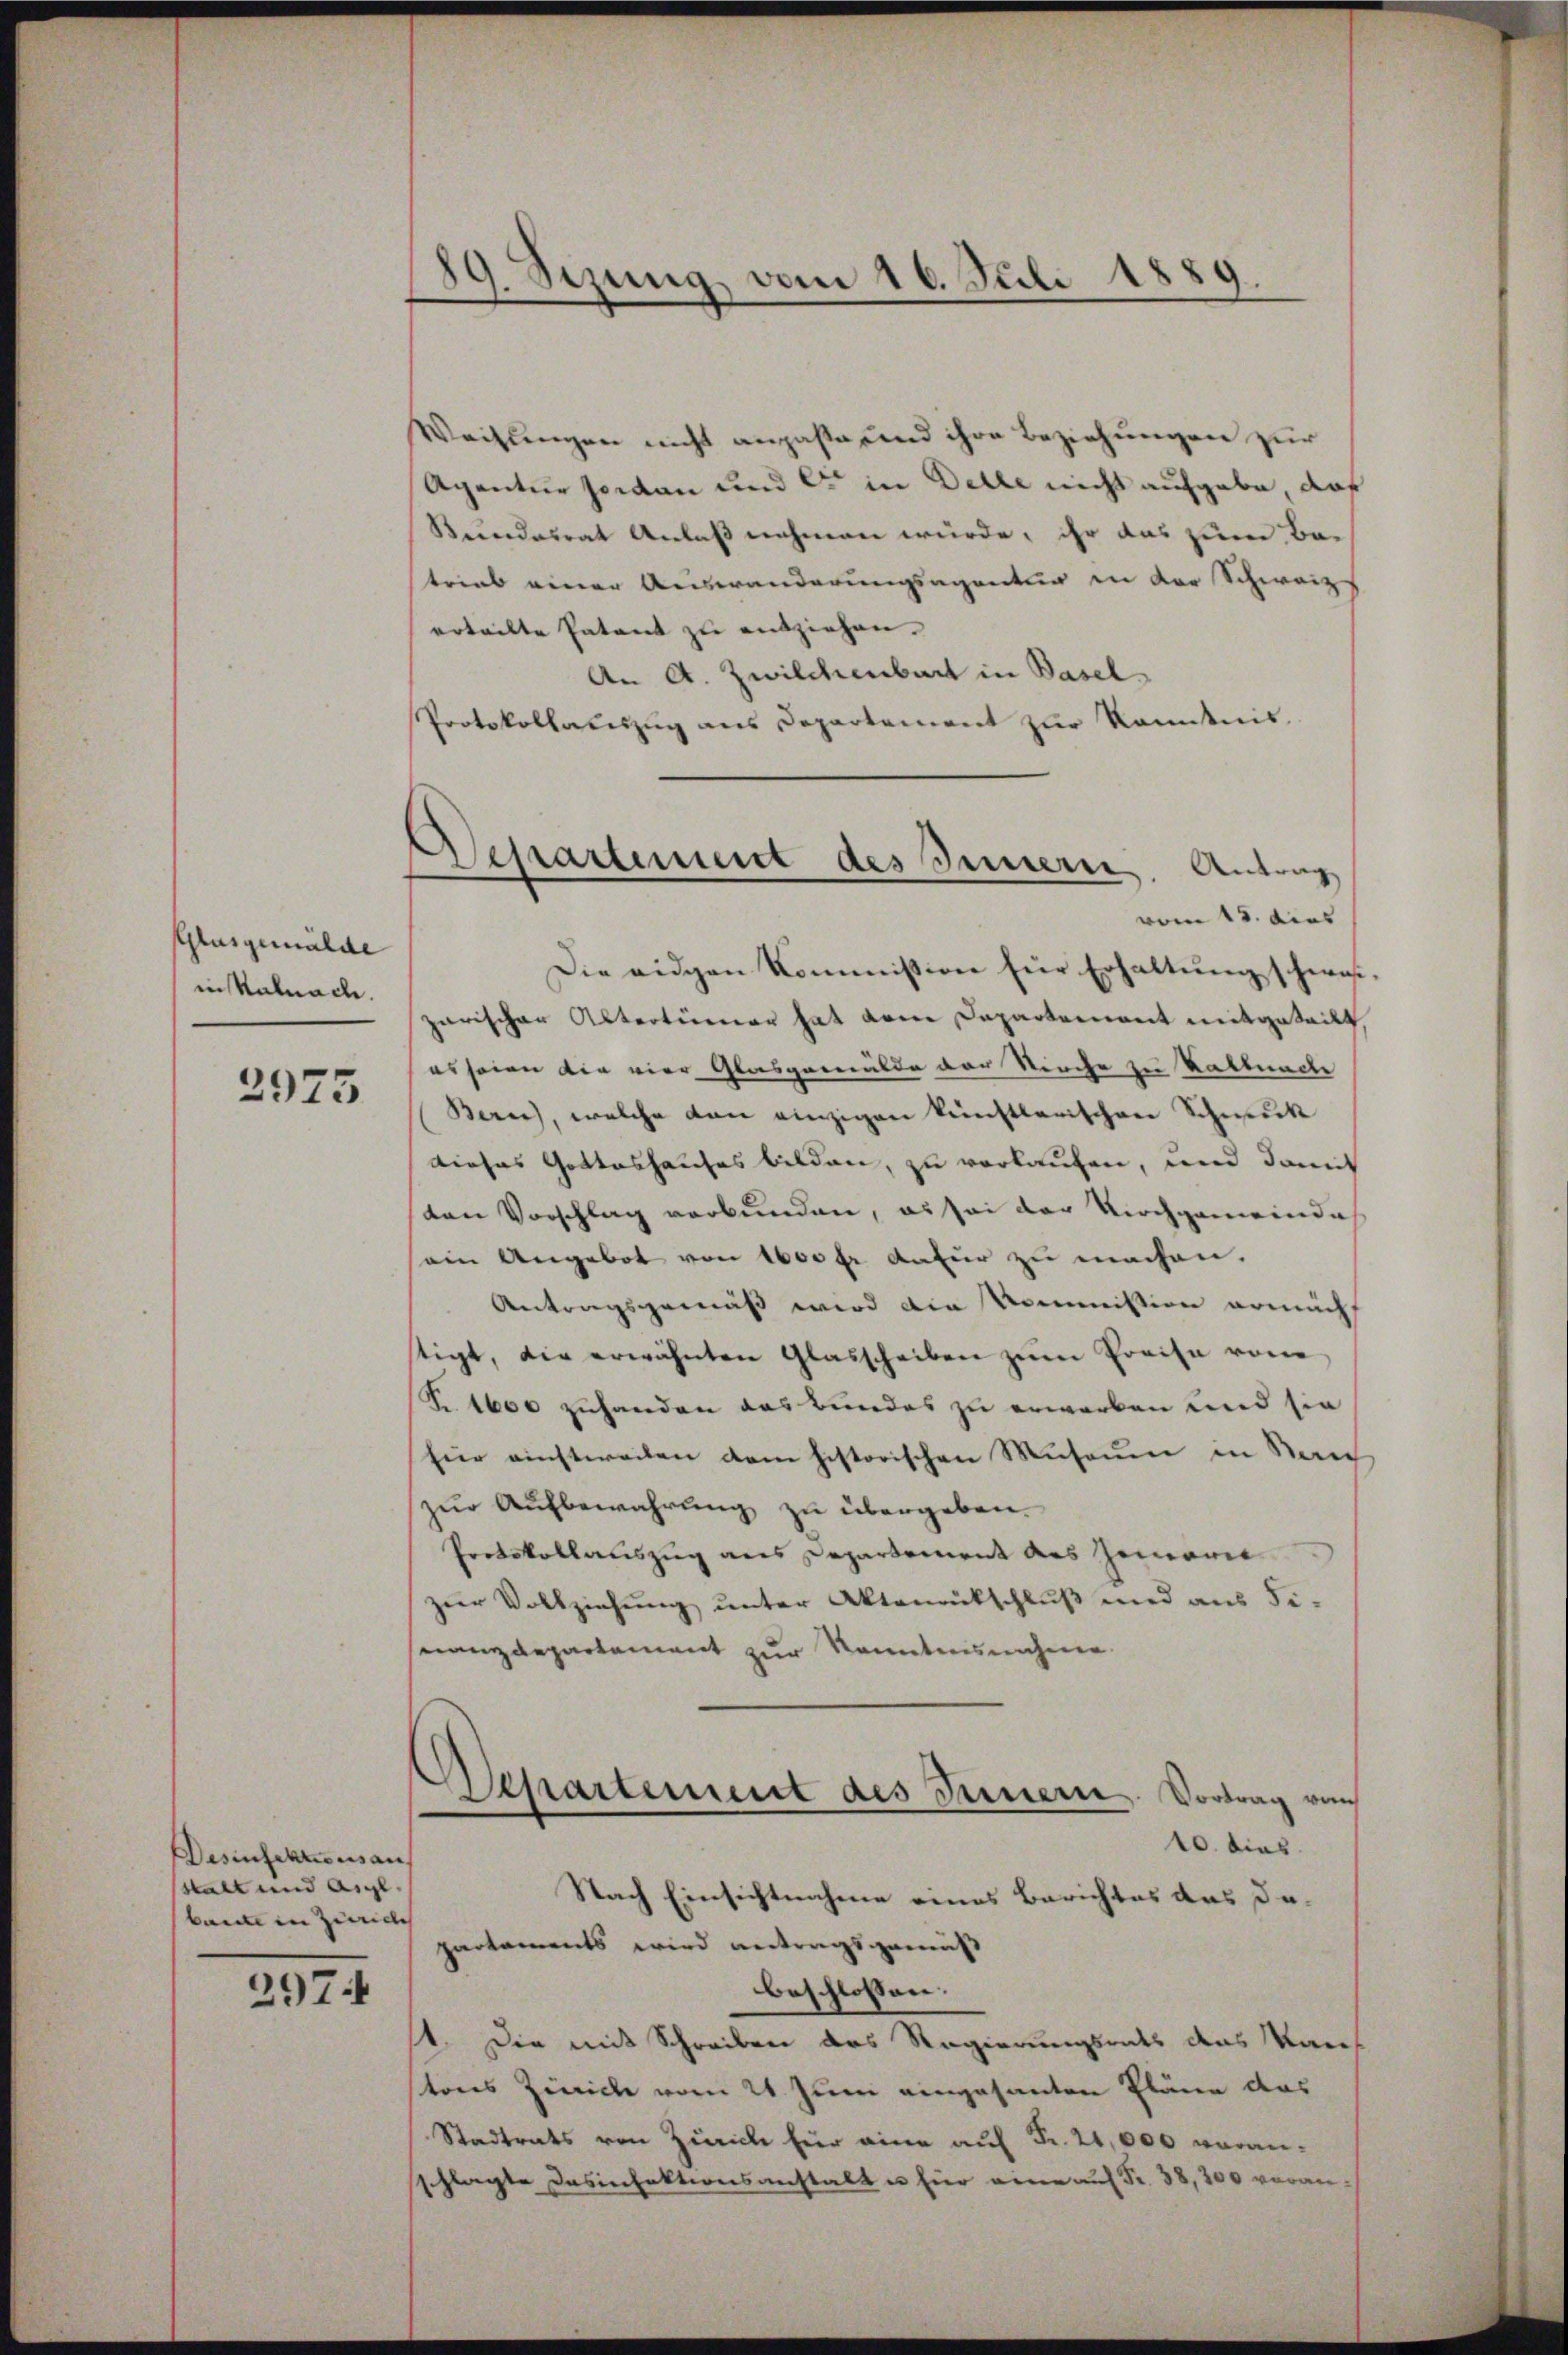
Glasgemälde
in Kalnach.

2975

Desinfektions an
stalt und Argl.
baute in Zürich

297

89. Sezung vom 16. Juli 1889.

Weißlingen nicht anpaste und ihre Beziehungen zur
Agentur sonden und er in Delle nicht aufgebe, daß
Kundesrat Anlaß nehmen würde, ihr das zum Be-
trieb einer Auswanderungsagentur in der Schweiz
erteilte Patent zu entziehen.
An A. Zwilchenbart in Basel-
Protokollauszug aus Departement zur Kenntnis.

Alessartement des Innern. Antrag
vom 15. dies

Die eigen Kommission für Erhaltŭng schwas
parischer Altertümer hat dem Departement mitgeteilt,
es seien die vier Glasgemälde der Kirche zu Kattmache
Ban), welche dan einzigen künstlerischen Schmuck
dieses Gotteshauses bilden, zu verlaufen, und damit
ten Vorschlag verbunden, es sei der Kirchgemeinde
sein Angebot von 1600 fr dafür zu machen.
Antragsgemäß wird die Kommission armacht
stigt, die erwähnten Glasscheiben zŭm Preise vom
S. 1600 zuhanden aus bundes zu erworben und sie
für einstweilen dem historischen Museum in Nach
zur Aufbewahrung zu übergeben.
Protokollauszug aus Departement des Gemarie
zur Vollziehung unter Aktemütschluß und aus Finanzdepartement zur Kenntnisnahme
Departement des Innern, Vortrag von
10. dies
Nach Einsichtnahme eines Berichtes das dapartaments wird vertragsgemäß
beschlossen:
1. Die mit Schreiben des Regierungsrats des Kantons Zürich vom 21. Juni eingesanten Pläne das
Stadtrats von Zürich für eine auf Fr. 21,000 veranschlagte Desinfektionsanstalt u für eine auf Fr. 38, 200 voran-